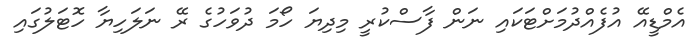
އެމްޑީއޭ އުފެއްދުމަށްޓަކައި ނަން ފާސްކުރީ މިދިޔަ ހޯމަ ދުވަހުގެ ރޭ ނަލަހިޔާ ހޮޓަލުގައި